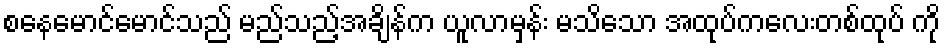
စနေမောင်မောင်သည် မည်သည့်အချိန်က ယူလာမှန်း မသိသော အထုပ်ကလေးတစ်ထုပ် ကို